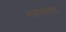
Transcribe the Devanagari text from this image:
भजनसप्‍ताह